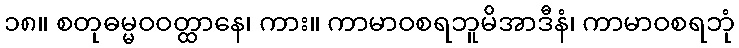
၁၈။ စတုဓမ္မဝဝတ္ထာနေ၊ ကား။ ကာမာဝစရဘူမိအာဒီနံ၊ ကာမာဝစရဘုံ